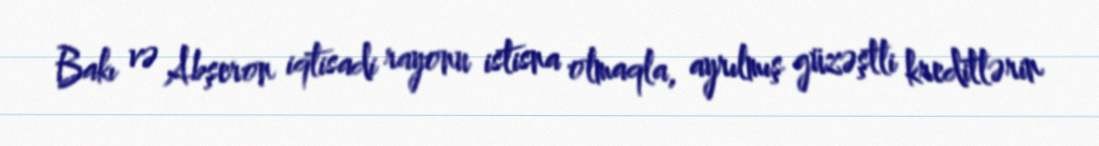
Bakı və Abşeron iqtisadi rayonu istisna olmaqla, ayrılmış güzəştli kreditlərin